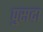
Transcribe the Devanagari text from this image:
पुसदा